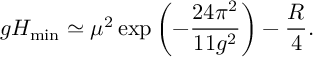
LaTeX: g H _ { \mathrm { m i n } } \simeq \mu ^ { 2 } \exp \left( - { \frac { 2 4 \pi ^ { 2 } } { 1 1 g ^ { 2 } } } \right) - { \frac { R } { 4 } } .